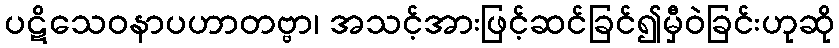
ပဋိသေဝနာပဟာတဗ္ဗာ၊ အသင့်အားဖြင့်ဆင်ခြင်၍မှီဝဲခြင်းဟုဆို